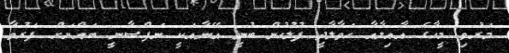
މަރުވި މީހާގެ އާއިލާއާ ހަވާލާދީ ފުލުހުން ބުނީ އޭނާއަކީ ނަފްސާނީ ބައްޔަށް ފަރުވާ